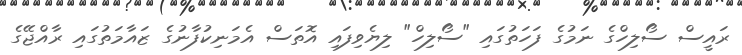
ރައީސް ސޯލިހްގެ ނަމުގެ ފަހަތުގައި "ސޯލިހް" ލިޔެވިފައި އޮތަސް އެމަނިކުފާނުގެ ޒައާމަތުގައި ރާއްޖޭގެ